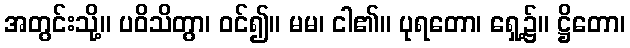
အတွင်းသို့။ ပဝိသိတွာ၊ ဝင်၍။ မမ၊ ငါ၏။ ပုရတော၊ ရှေ့၌။ ဋ္ဌိတော၊